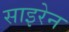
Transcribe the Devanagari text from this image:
साइरेन